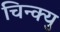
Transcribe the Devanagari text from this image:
चिन्क्यु